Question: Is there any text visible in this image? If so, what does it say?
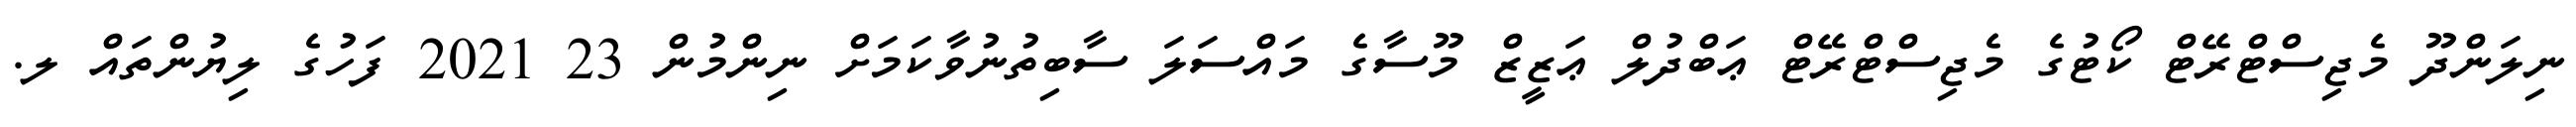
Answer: ނިލަންދޫ މެޖިސްޓްރޭޓް ކޯޓުގެ މެޖިސްޓްރޭޓް ޢަބްދުލް ޢަޒީޒް މޫސާގެ މައްސަލަ ސާބިތުނުވާކަމަށް ނިންމުން 23 2021 ފަހުގެ ލިޔުންތައް ލ.